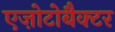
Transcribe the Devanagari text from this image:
एज़ोटोबैक्टर